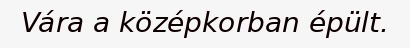
Vára a középkorban épült.